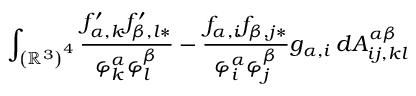
\int _ { \left( \mathbb { R } ^ { 3 } \right) ^ { 4 } } \frac { f _ { \alpha , k } ^ { \prime } f _ { \beta , l \ast } ^ { \prime } } { \varphi _ { k } ^ { \alpha } \varphi _ { l } ^ { \beta } } - \frac { f _ { \alpha , i } f _ { \beta , j \ast } } { \varphi _ { i } ^ { \alpha } \varphi _ { j } ^ { \beta } } g _ { \alpha , i } \, d A _ { i j , k l } ^ { \alpha \beta }